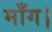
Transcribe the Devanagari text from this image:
माँग।